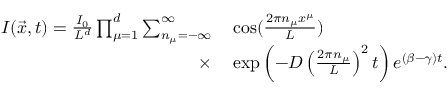
\begin{array} { r l } { I ( \vec { x } , t ) = \frac { I _ { 0 } } { L ^ { d } } \prod _ { \mu = 1 } ^ { d } \sum _ { n _ { \mu } = - \infty } ^ { \infty } } & { { } \cos ( \frac { 2 \pi n _ { \mu } x ^ { \mu } } { L } ) } \\ { \times } & { { } \exp \left( - D \left( \frac { 2 \pi n _ { \mu } } { L } \right) ^ { 2 } t \right) e ^ { ( \beta - \gamma ) t } . } \end{array}